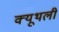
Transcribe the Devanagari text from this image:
क्यूथली